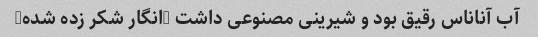
آب آناناس رقیق بود و شیرینی مصنوعی داشت (انگار شکر زده شده)